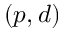
( p , d )